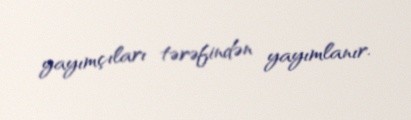
yayımçıları tərəfindən yayımlanır.